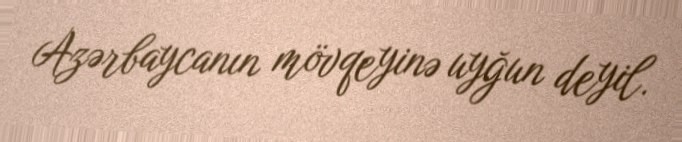
Azərbaycanın mövqeyinə uyğun deyil.